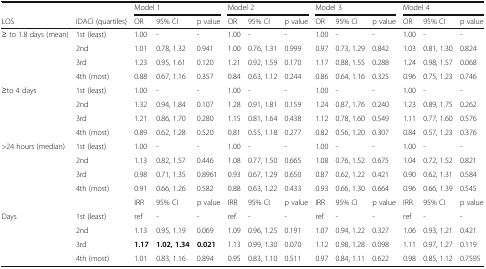
<table><thead><tr><td></td><td></td><td colspan="3"><b>Model 1</b></td><td colspan="3"><b>Model 2</b></td><td colspan="3"><b>Model 3</b></td><td colspan="3"><b>Model 4</b></td></tr><tr><td><b>LOS</b></td><td><b>IDACI (quartiles)</b></td><td><b>OR</b></td><td><b>95% CI</b></td><td><b>p value</b></td><td><b>OR</b></td><td><b>95% CI</b></td><td><b>p value</b></td><td><b>OR</b></td><td><b>95% CI</b></td><td><b>p value</b></td><td><b>OR</b></td><td><b>95% CI</b></td><td><b>p value</b></td></tr></thead><tbody><tr><td rowspan="4">≥ to 1.8 days (mean)</td><td>1st (least)</td><td>1.00</td><td>-</td><td>-</td><td>1.00</td><td>-</td><td>-</td><td>1.00</td><td>-</td><td>-</td><td>1.00</td><td>-</td><td>-</td></tr><tr><td>2nd</td><td>1.01</td><td>0.78, 1.32</td><td>0.941</td><td>1.00</td><td>0.76, 1.31</td><td>0.999</td><td>0.97</td><td>0.73, 1.29</td><td>0.842</td><td>1.03</td><td>0.81, 1.30</td><td>0.824</td></tr><tr><td>3rd</td><td>1.23</td><td>0.95, 1.61</td><td>0.120</td><td>1.21</td><td>0.92, 1.59</td><td>0.170</td><td>1.17</td><td>0.88, 1.55</td><td>0.288</td><td>1.24</td><td>0.98, 1.57</td><td>0.068</td></tr><tr><td>4th (most)</td><td>0.88</td><td>0.67, 1.16</td><td>0.357</td><td>0.84</td><td>0.63, 1.12</td><td>0.244</td><td>0.86</td><td>0.64, 1.16</td><td>0.325</td><td>0.96</td><td>0.75, 1.23</td><td>0.746</td></tr><tr><td rowspan="4">≥to 4 days</td><td>1st (least)</td><td>1.00</td><td>-</td><td>-</td><td>1.00</td><td>-</td><td>-</td><td>1.00</td><td>-</td><td>-</td><td>1.00</td><td>-</td><td>-</td></tr><tr><td>2nd</td><td>1.32</td><td>0.94, 1.84</td><td>0.107</td><td>1.28</td><td>0.91, 1.81</td><td>0.159</td><td>1.24</td><td>0.87, 1.76</td><td>0.240</td><td>1.23</td><td>0.89, 1.75</td><td>0.262</td></tr><tr><td>3rd</td><td>1.21</td><td>0.86, 1.70</td><td>0.280</td><td>1.15</td><td>0.81, 1.64</td><td>0.438</td><td>1.12</td><td>0.78, 1.60</td><td>0.549</td><td>1.11</td><td>0.77, 1.60</td><td>0.576</td></tr><tr><td>4th (most)</td><td>0.89</td><td>0.62, 1.28</td><td>0.520</td><td>0.81</td><td>0.55, 1.18</td><td>0.277</td><td>0.82</td><td>0.56, 1.20</td><td>0.307</td><td>0.84</td><td>0.57, 1.23</td><td>0.376</td></tr><tr><td rowspan="4">&gt;24 hours (median)</td><td>1st (least)</td><td>1.00</td><td>-</td><td>-</td><td>1.00</td><td>-</td><td>-</td><td>1.00</td><td>-</td><td>-</td><td>1.00</td><td>-</td><td>-</td></tr><tr><td>2nd</td><td>1.13</td><td>0.82, 1.57</td><td>0.446</td><td>1.08</td><td>0.77, 1.50</td><td>0.665</td><td>1.08</td><td>0.76, 1.52</td><td>0.675</td><td>1.04</td><td>0.72, 1.52</td><td>0.821</td></tr><tr><td>3rd</td><td>0.98</td><td>0.71, 1.35</td><td>0.8961</td><td>0.93</td><td>0.67, 1.29</td><td>0.650</td><td>0.87</td><td>0.62, 1.22</td><td>0.421</td><td>0.90</td><td>0.62, 1.31</td><td>0.584</td></tr><tr><td>4th (most)</td><td>0.91</td><td>0.66, 1.26</td><td>0.582</td><td>0.88</td><td>0.63, 1.22</td><td>0.433</td><td>0.93</td><td>0.66, 1.30</td><td>0.664</td><td>0.96</td><td>0.66, 1.39</td><td>0.545</td></tr><tr><td></td><td></td><td>IRR</td><td>95% CI</td><td>p value</td><td>IRR</td><td>95% CI</td><td>p value</td><td>IRR</td><td>95% CI</td><td>p value</td><td>IRR</td><td>95% CI</td><td>p value</td></tr><tr><td rowspan="4">Days</td><td>1st (least)</td><td>ref</td><td>-</td><td>-</td><td>ref</td><td>-</td><td>-</td><td>ref</td><td>-</td><td>-</td><td>ref</td><td>-</td><td>-</td></tr><tr><td>2nd</td><td>1.13</td><td>0.95, 1.19</td><td>0.069</td><td>1.09</td><td>0.96, 1.25</td><td>0.191</td><td>1.07</td><td>0.94, 1.22</td><td>0.327</td><td>1.06</td><td>0.93, 1.21</td><td>0.421</td></tr><tr><td>3rd</td><td><b>1.17</b></td><td><b>1.02, 1.34</b></td><td><b>0.021</b></td><td>1.13</td><td>0.99, 1.30</td><td>0.070</td><td>1.12</td><td>0.98, 1.28</td><td>0.098</td><td>1.11</td><td>0.97, 1.27</td><td>0.119</td></tr><tr><td>4th (most)</td><td>1.01</td><td>0.83, 1.16</td><td>0.894</td><td>0.95</td><td>0.83, 1.10</td><td>0.511</td><td>0.97</td><td>0.84, 1.11</td><td>0.622</td><td>0.98</td><td>0.85, 1.12</td><td>0.7595</td></tr></tbody></table>